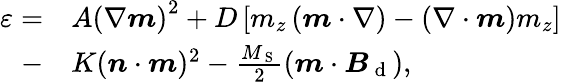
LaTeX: \begin{array}{rl}{\varepsilon=}&{{}A\left(\nabla\boldsymbol{m}\right)^{2}+D\left[m_{z}\left(\boldsymbol{m}\cdot\nabla\right)-\left(\nabla\cdot\boldsymbol{m}\right)m_{z}\right]}\\ {-}&{{}K(\boldsymbol{n}\cdot\boldsymbol{m})^{2}-\frac{M_{\mathrm{~S~}}}{2}(\boldsymbol{m}\cdot\boldsymbol{B}_{\mathrm{~d~}}),}\end{array}